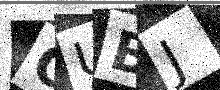
Text: CUBJ